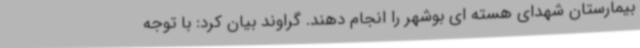
بیمارستان شهدای هسته ای بوشهر را انجام دهند. گراوند بیان کرد: با توجه